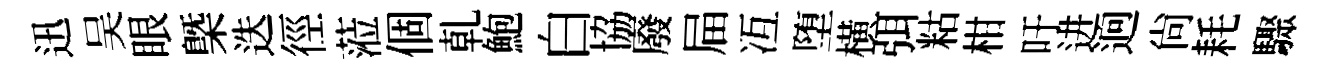
迅吴眼槩迭徑蒞個乹鮑白協廢屇冱堕横弭䊀柑吁进逈尙耗驟